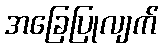
အခြေပြုလျက်